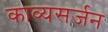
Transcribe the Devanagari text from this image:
काव्यसर्जन